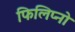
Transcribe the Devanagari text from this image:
फिलिप्नो